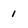
Character: 1